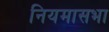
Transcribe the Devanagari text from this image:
नियमासभा